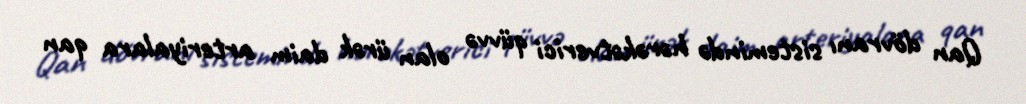
Qan dövranı sistemində hərəkətverici qüvvə olan ürək daim arteriyalara qan